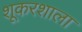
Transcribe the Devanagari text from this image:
शूकरशाला